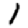
Digit: 1